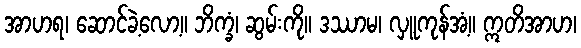
အာဟရ၊ ဆောင်ခဲ့လော့။ ဘိက္ခံ၊ ဆွမ်းကို။ ဒဿာမ၊ လှူကုန်အံ့။ ဣတိအာဟ၊